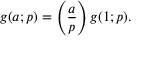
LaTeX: g ( a ; p ) = \left( { \frac { a } { p } } \right) g ( 1 ; p ) .